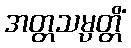
အတ္တသမ္ပတ္တိံ